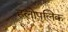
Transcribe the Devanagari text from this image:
हलोपलिक